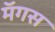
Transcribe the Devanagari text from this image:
मॅगस